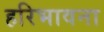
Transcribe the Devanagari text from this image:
हरिभावना